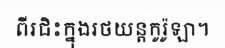
ពីរជិះក្នុងរថយន្តកូរ៉ូឡា។